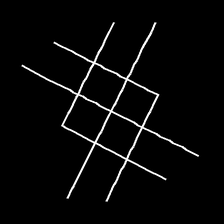
Glyph: crystal